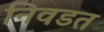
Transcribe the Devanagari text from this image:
निवडत